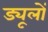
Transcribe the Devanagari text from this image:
ड्यूलों